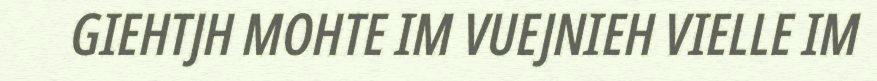
GIEHTJH MOHTE IM VUEJNIEH VIELLE IM